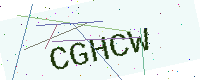
Text: CGHCW